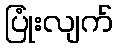
ပြုံးလျက်